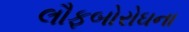
લૌફબોરોઘના